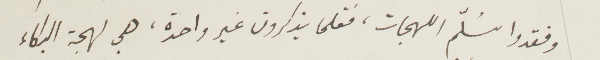
وفقدوا سلّم اللهجات، فقلما يذكرون غير واحدة، هي لهجة البكاء